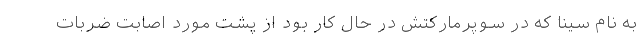
به نام سینا که در سوپرمارکتش در حال کار بود از پشت مورد اصابت ضربات